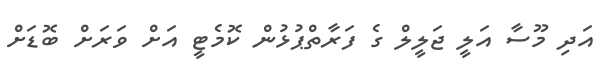
އަދި މޫސާ އަލީ ޖަލީލް ގެ ފަރާތްޕުޅުން ކޮމެޓީ އަށް ވަރަށް ބޮޑަށް